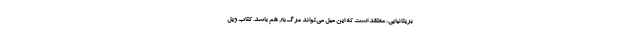
بریتانیایی، معتقد است که این میل می‌تواند مرگ‌بار هم باشد. کتاب ویل